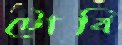
টোবি